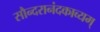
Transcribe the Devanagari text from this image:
सौन्दरानंदकाव्यम्